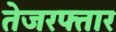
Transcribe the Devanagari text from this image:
तेजरफ्तार